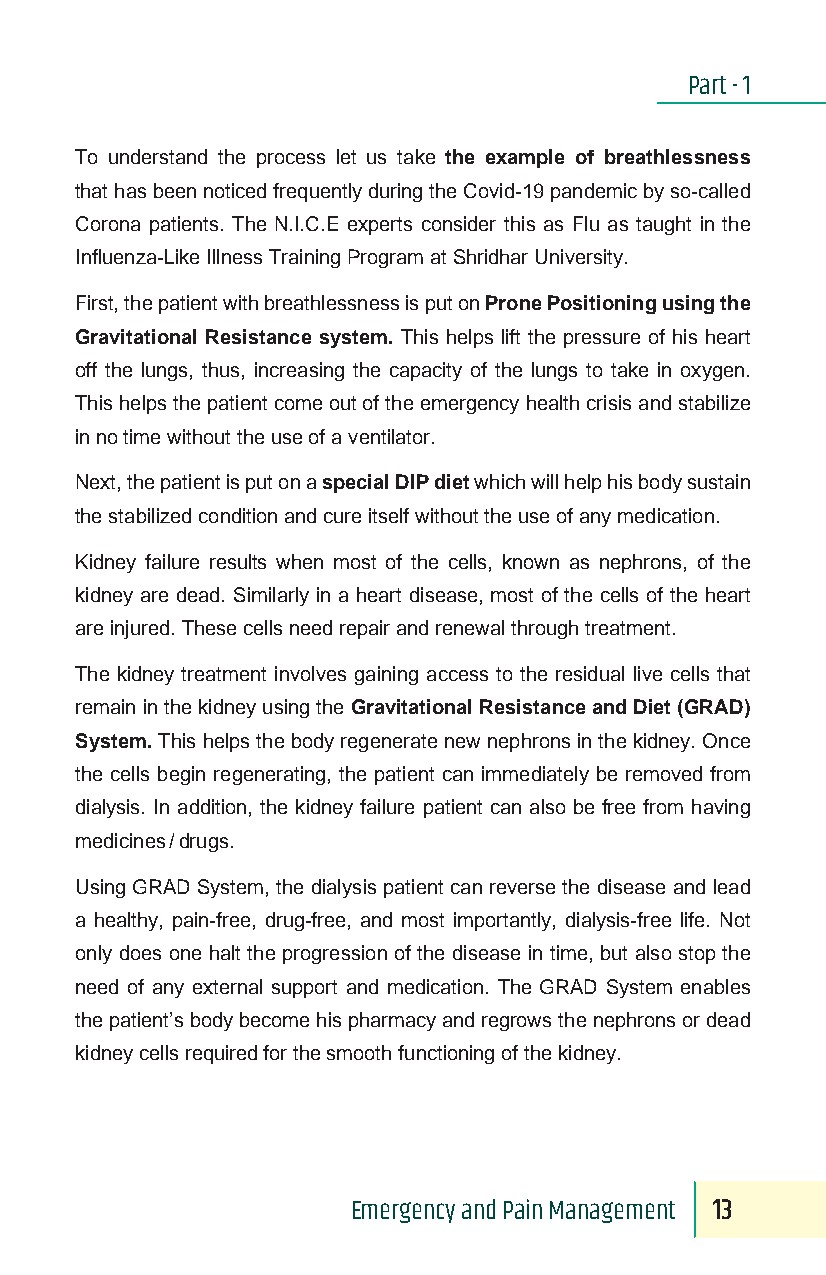
Part - 1
 To understand the process let us take the example of breathlessness
 that has been noticed frequently during the Covid-19 pandemic by so-called
 Corona patients. The N.I.C.E experts consider this as Flu as taught in the
 Influenza-Like Illness Training Program at Shridhar University.
 First, the patient with breathlessness is put on Prone Positioning using the
 Gravitational Resistance system. This helps lift the pressure of his heart
 off the lungs, thus, increasing the capacity of the lungs to take in oxygen.
 This helps the patient come out of the emergency health crisis and stabilize
 in no time without the use of a ventilator.
 Next, the patient is put on a special DIP diet which will help his body sustain
 the stabilized condition and cure itself without the use of any medication.
 Kidney failure results when most of the cells, known as nephrons, of the
 kidney are dead. Similarly in a heart disease, most of the cells of the heart
 are injured. These cells need repair and renewal through treatment.
 The kidney treatment involves gaining access to the residual live cells that
 remain in the kidney using the Gravitational Resistance and Diet (GRAD)
 System. This helps the body regenerate new nephrons in the kidney. Once
 the cells begin regenerating, the patient can immediately be removed from
 dialysis. In addition, the kidney failure patient can also be free from having
 medicines / drugs.
 Using GRAD System, the dialysis patient can reverse the disease and lead
 a healthy, pain-free, drug-free, and most importantly, dialysis-free life. Not
 only does one halt the progression of the disease in time, but also stop the
 need of any external support and medication. The GRAD System enables
 the patient’s body become his pharmacy and regrows the nephrons or dead
 kidney cells required for the smooth functioning of the kidney.
 Emergency and Pain Management 13